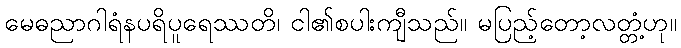
မေဓညာဂါရံနပရိပူရေဿတိ၊ ငါ၏စပါးကျီသည်။ မပြည့်တော့လတ္တံ့ဟု။